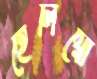
হেলিয়ো